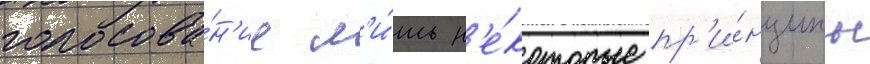
голосова́н'ие л'и́шь н'е́которые пр'и́нципы